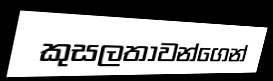
කුසලතාවන්ගෙන්